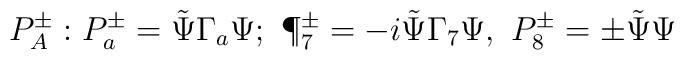
P^\pm_A:P^\pm_a =\tilde\Psi\Gamma_a\Psi;\ \P^\pm_7=-i\tilde\Psi\Gamma_7\Psi,\ P^\pm_8=\pm\tilde\Psi\Psi